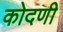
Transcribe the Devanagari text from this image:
कोदणी